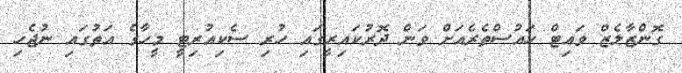
ގޮންޒާލެޒް ވައިޓް ހައުސްތެރެއަށް ވަން ދޮރުކައިރީގައި ހުރި ސެކިއުރިޓީ މީހާގެ އަތުގައި ނުޖެހި